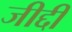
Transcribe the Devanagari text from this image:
जीद्दी